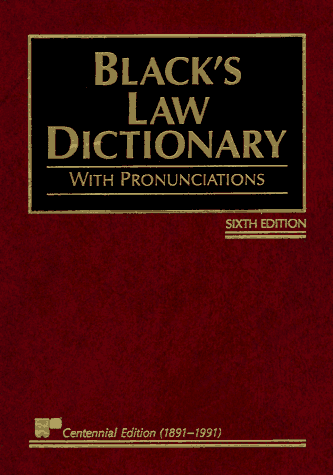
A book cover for Black's Law Dictionary with Pronunciations, 6th Edition (Centennial Edition 1891-1991); Henry Campbell Black; Law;